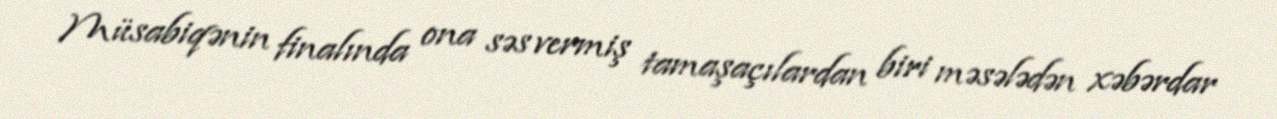
Müsabiqənin finalında ona səs vermiş tamaşaçılardan biri məsələdən xəbərdar